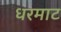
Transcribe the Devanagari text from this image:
धरमाट